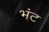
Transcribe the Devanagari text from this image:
भंट